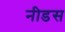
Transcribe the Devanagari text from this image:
नीडस